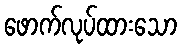
ဖောက်လုပ်ထားသော